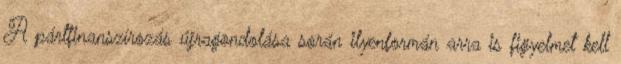
A pártfinanszírozás újragondolása során ilyenformán arra is figyelmet kell